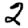
Digit: 2